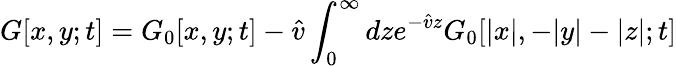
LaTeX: G[x,y;t]=G_{0}[x,y;t]-\hat{v}\int_{0}^{\infty}dze^{-\hat{v}z}G_{0}[|x|,-|y|-|z|;t]